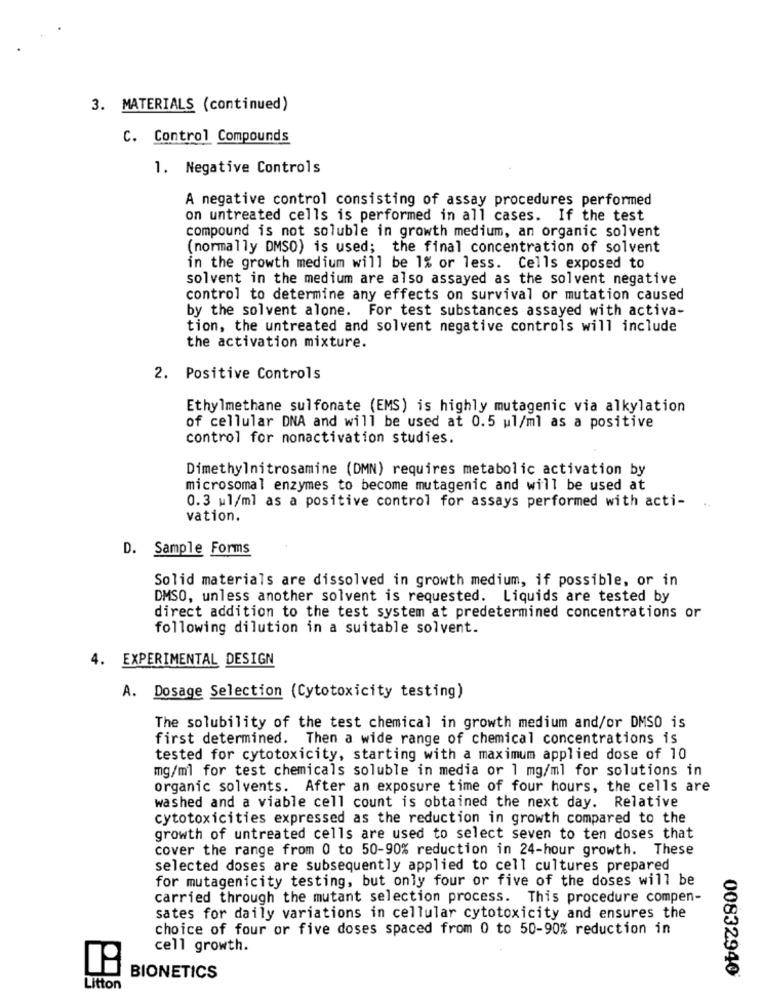
3. MATERIALS (continued)
C. Control Compounds
1. Negative Controls
A negative control consisting of assay procedures performed
on untreated cells is performed in all cases. If the test
compound is not soluble in growth medium, an organic solvent
(normally DMSO) is used; the final concentration of solvent
in the growth medium will be 1% or less. Cells exposed to
solvent in the medium are also assayed as the solvent negative
control to determine any effects on survival or mutation caused
by the solvent alone. For test substances assayed with activa-
tion, the untreated and solvent negative controls will include
the activation mixture.
2. Positive Controls
Ethylmethane sulfonate (EMS) is highly mutagenic via alkylation
of cellular DNA and will be used at 0.5 ul/ml as a positive
control for nonactivation studies.
Dimethylnitrosamine (DMN) requires metabolic activation by
microsomal enzymes to become mutagenic and will be used at
0.3 ul/ml as a positive control for assays performed with acti-
vation.
D. Sample Forms
Solid materials are dissolved in growth medium, if possible, or in
DMSO, unless another solvent is requested. Liquids are tested by
direct addition to the test system at predetermined concentrations or
following dilution in a suitable solvent.
4. EXPERIMENTAL DESIGN
A. Dosage Selection (Cytotoxicity testing)
The solubility of the test chemical in growth medium and/or DMSO is
first determined. Then a wide range of chemical concentrations is
tested for cytotoxicity, starting with a maximum applied dose of 10
mg/ml for test chemicals soluble in media or 1 mg/ml for solutions in
organic solvents. After an exposure time of four hours, the cells are
washed and a viable cell count is obtained the next day. Relative
cytotoxicities expressed as the reduction in growth compared to the
growth of untreated cells are used to select seven to ten doses that
cover the range from 0 to 50-90% reduction in 24-hour growth. These
selected doses are subsequently applied to cell cultures prepared
for mutagenicity testing, but only four or five of the doses will be
carried through the mutant selection process. This procedure compen-
sates for daily variations in cellular cytotoxicity and ensures the
choice of four or five doses spaced from 0 to 50-90% reduction in
cell growth.
00832940
BIONETICS
Litton